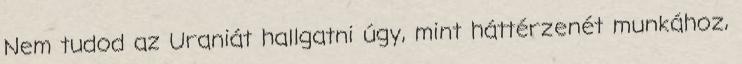
Nem tudod az Uraniát hallgatni úgy, mint háttérzenét munkához,